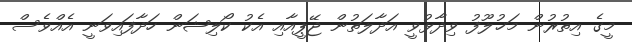
މީގެ އިތުރުން މަޚުލޫފު ވިދާޅުވީ އަދާލަތުން ޖޭޕީއާއި އެކު ކޯލިޝަން ހަދާފައިވަނީ އެއްވެސް